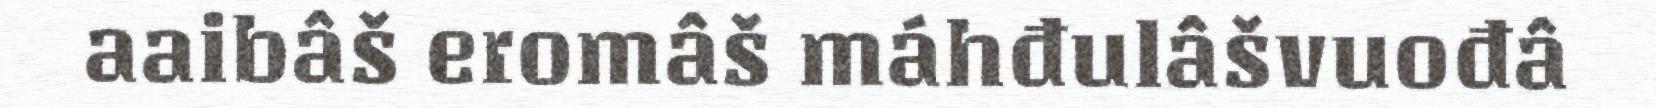
aaibâš eromâš máhđulâšvuođâ